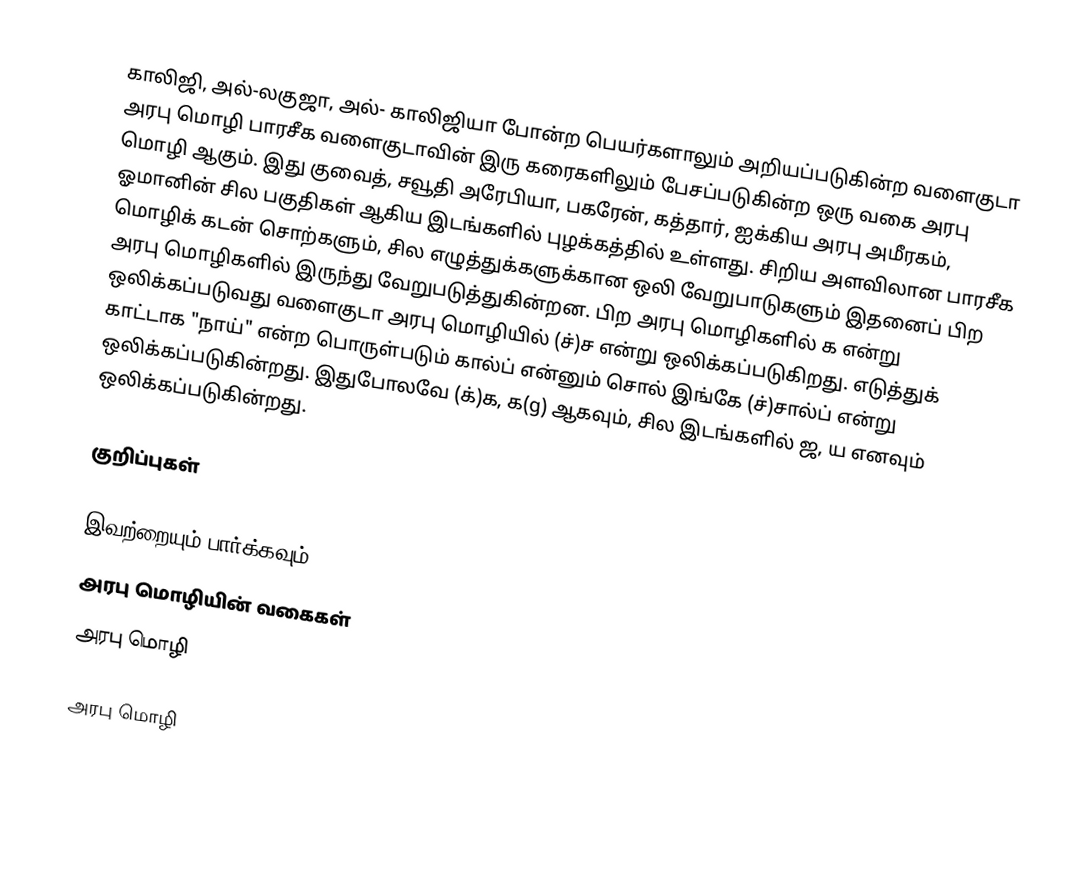
காலிஜி, அல்-லகுஜா, அல்- காலிஜியா போன்ற பெயர்களாலும் அறியப்படுகின்ற வளைகுடா அரபு மொழி பாரசீக வளைகுடாவின் இரு கரைகளிலும் பேசப்படுகின்ற ஒரு வகை அரபு மொழி ஆகும். இது குவைத், சவூதி அரேபியா, பகரேன், கத்தார், ஐக்கிய அரபு அமீரகம், ஓமானின் சில பகுதிகள் ஆகிய இடங்களில் புழக்கத்தில் உள்ளது. சிறிய அளவிலான பாரசீக மொழிக் கடன் சொற்களும், சில எழுத்துக்களுக்கான ஒலி வேறுபாடுகளும் இதனைப் பிற அரபு மொழிகளில் இருந்து வேறுபடுத்துகின்றன. பிற அரபு மொழிகளில் க என்று ஒலிக்கப்படுவது வளைகுடா அரபு மொழியில் (ச்)ச என்று ஒலிக்கப்படுகிறது. எடுத்துக் காட்டாக "நாய்" என்ற பொருள்படும் கால்ப் என்னும் சொல் இங்கே (ச்)சால்ப் என்று ஒலிக்கப்படுகின்றது. இதுபோலவே (க்)க, க(g) ஆகவும், சில இடங்களில் ஜ, ய எனவும் ஒலிக்கப்படுகின்றது.

குறிப்புகள்

இவற்றையும் பார்க்கவும்
 அரபு மொழியின் வகைகள்
 அரபு மொழி

அரபு மொழி